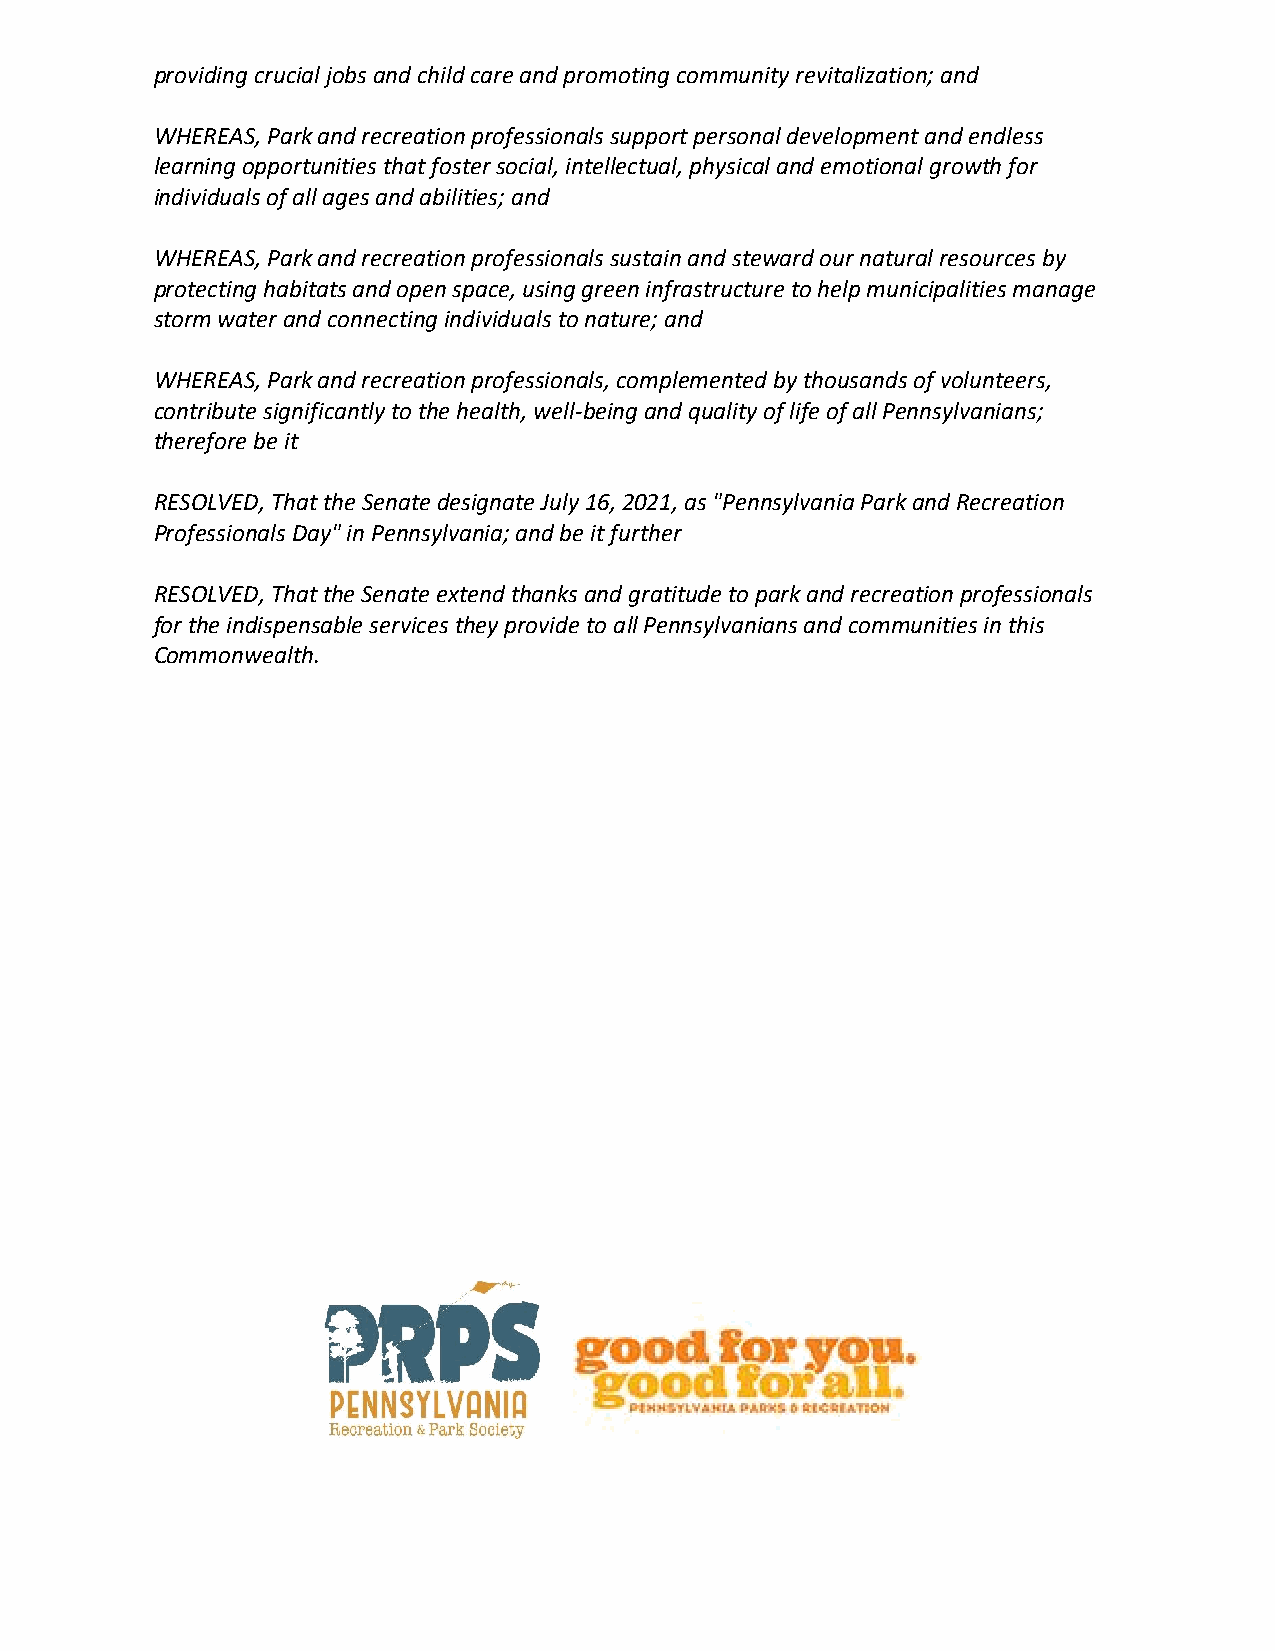
providing crucial jobs and child care and promoting community revitalization; and
 WHEREAS, Park and recreation professionals support personal development and endless
 learning opportunities that foster social, intellectual, physical and emotional growth for
 individuals of all ages and abilities; and
 WHEREAS, Park and recreation professionals sustain and steward our natural resources by
 protecting habitats and open space, using green infrastructure to help municipalities manage
 storm water and connecting individuals to nature; and
 WHEREAS, Park and recreation professionals, complemented by thousands of volunteers,
 contribute significantly to the health, well-being and quality of life of all Pennsylvanians;
 therefore be it
 RESOLVED, That the Senate designate July 16, 2021, as "Pennsylvania Park and Recreation
 Professionals Day" in Pennsylvania; and be it further
 RESOLVED, That the Senate extend thanks and gratitude to park and recreation professionals
 for the indispensable services they provide to all Pennsylvanians and communities in this
 Commonwealth.